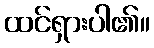
ထင်ရှားပါ၏။